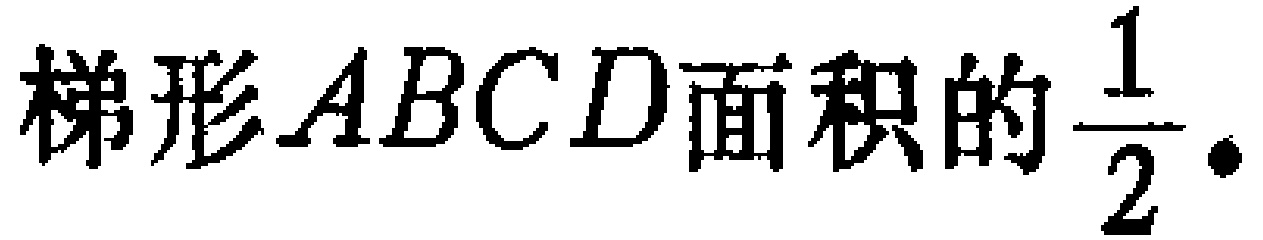
梯形\(ABCD\)面积的\(\frac{1}{2}\).